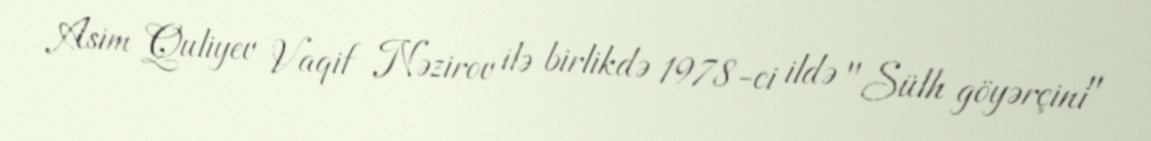
Asim Quliyev Vaqif Nəzirov ilə birlikdə 1978-ci ildə "Sülh göyərçini"